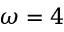
\omega = 4